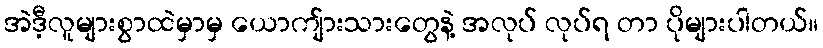
အဲဒီ့လူများစွာထဲမှာမှ ယောကျ်ားသားတွေနဲ့ အလုပ် လုပ်ရ တာ ပိုများပါတယ်။